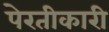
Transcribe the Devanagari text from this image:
पेरतीकारी